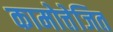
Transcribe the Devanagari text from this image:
कामोत्तेजित